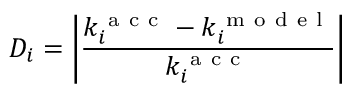
D _ { i } = \left| \frac { k _ { i } ^ { \mathrm { ~ a ~ c ~ c ~ } } - k _ { i } ^ { \mathrm { ~ m ~ o ~ d ~ e ~ l ~ } } } { k _ { i } ^ { \mathrm { ~ a ~ c ~ c ~ } } } \right|